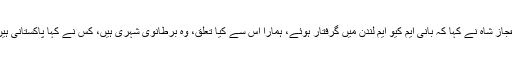
اعجاز شاہ نے کہا کہ بانی ایم کیو ایم لندن میں گرفتار ہوئے، ہمارا اس سے کیا تعلق، وہ برطانوی شہری ہیں، کس نے کہا پاکستانی ہیں۔